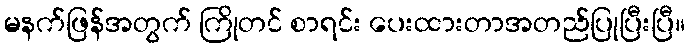
မနက်ဖြန်အတွက် ကြိုတင် စာရင်း ပေးထားတာအတည်ပြုပြီးပြီ။